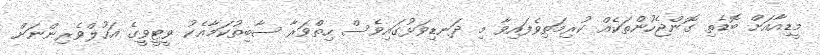
މީޑިއާއަށް ބޮޑެތި ގޮންޖެހުންތަކެއް ކުރިމަތިވެފައިވާ މި ދަނޑިވަޅުގައިވެސް ހިތްވަރާ ސާބިތުކަމާއެކު ވީޓީވީގެ އަހުލްވެރިންނަށް